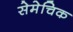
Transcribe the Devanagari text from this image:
सेमेचिक